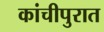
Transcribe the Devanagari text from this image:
कांचीपुरात